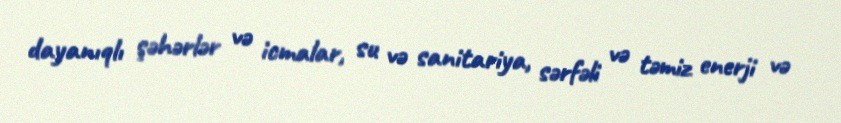
dayanıqlı şəhərlər və icmalar, su və sanitariya, sərfəli və təmiz enerji və